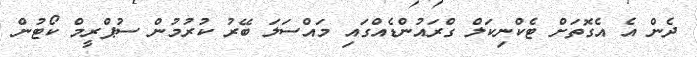
ދެން އެ އެގޮތަށް ޓެކްނިކަލް ގްރައުންޑެއްގައި މައްސަލަ ބޭރު ކުރުމުން ސުޕްރީމް ކޯޓުން